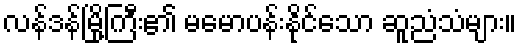
လန်ဒန်မြို့ကြီး၏ မမောပန်းနိုင်သော ဆူညံသံများ။